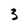
Character: 3